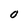
Character: 0